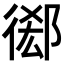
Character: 𢔘